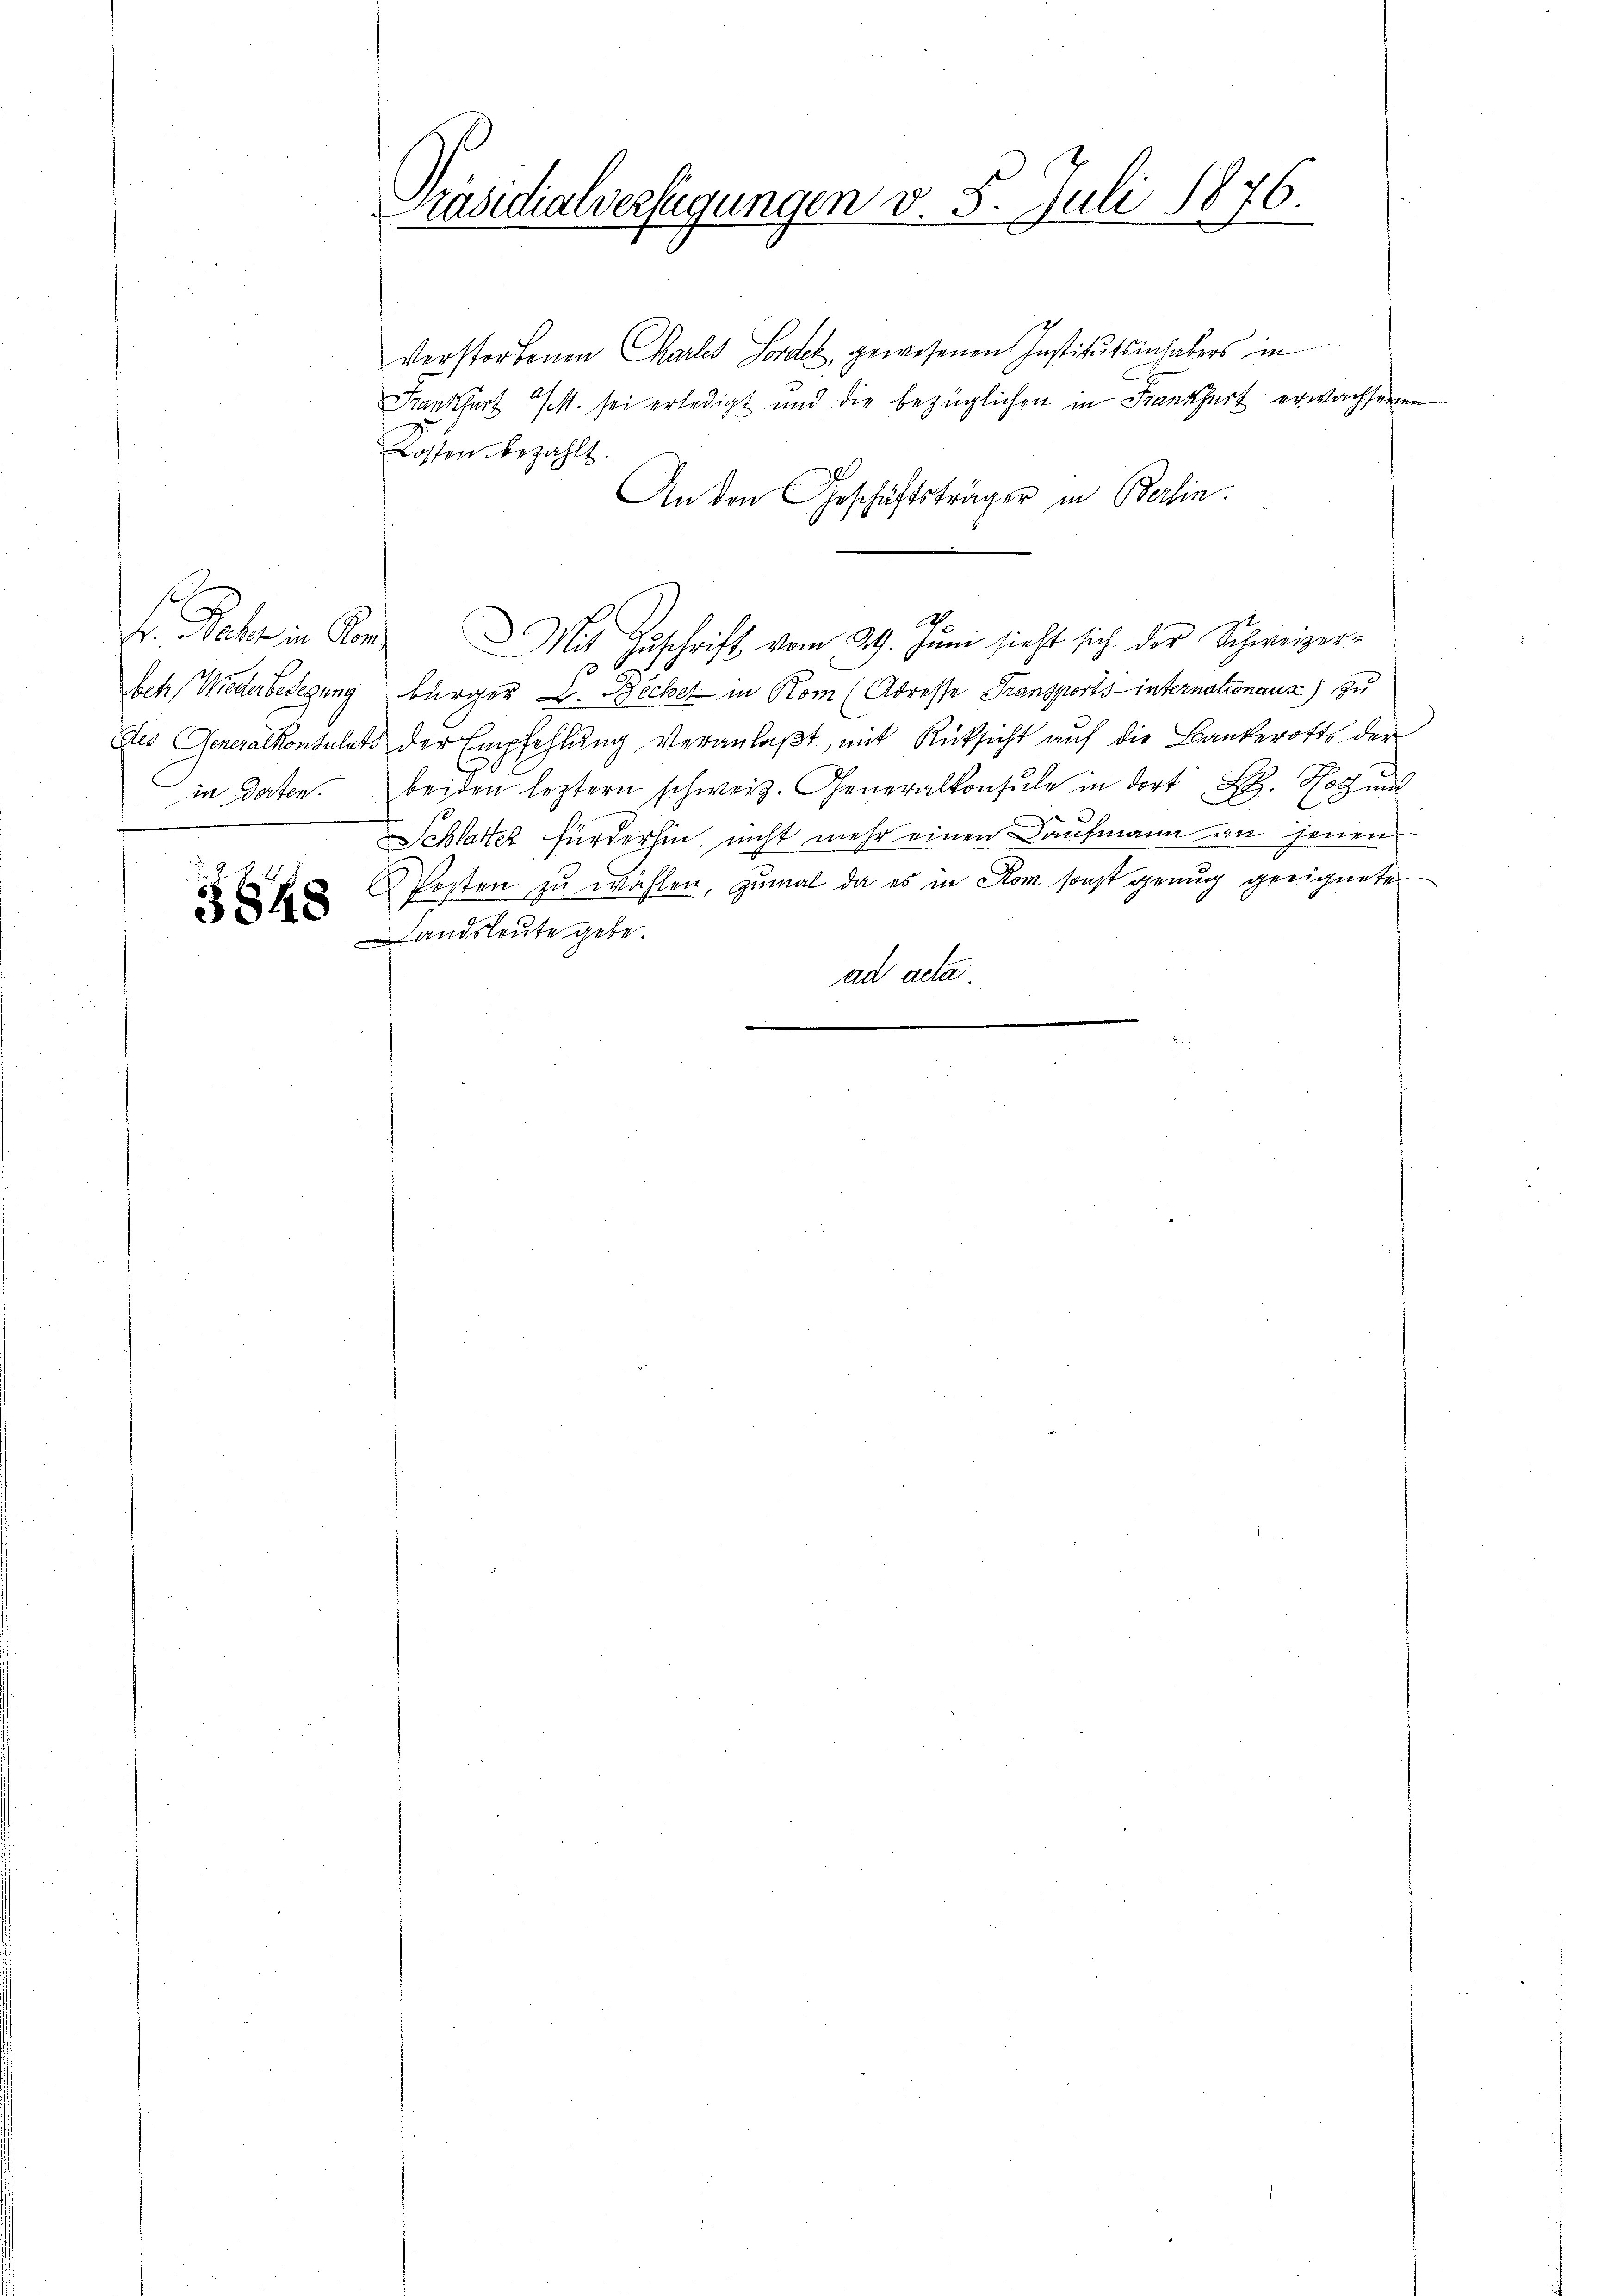
in Dorten.

3848

Präsidialverfügungen v. 5. Juli 1876.

Verstorbenen Chartes Forden, gewesenen Institutsinhabers in
Krankfurt M. sei erledigt und die bezüglichen in Frankfurt erwachsenen
Kossen bezahlt.
An den Geschäftsträger in Berlin.
7
Fr. Sehr in Konr. Mit Zuschrift vom 29. Juni sieht sich der Schweizer-
betr. Wiederbedigung bürger L. Bechel in Rom (Adresse Transports internationaus) zu
des Generalkonsulats der Empfehlŭng veranlaßt, mit Rücksicht auf die Bankerotte der
beiden leztern schweiz. Generalkonsŭle in dort B. Hotz und
e
Schlatter fürderhin, nicht mehr einen Kaufmann an jenen
PPosten zu wählen, zumal da es in Rom sonst genug geeignete
Landsleute gebe.
.
ad acta.
.
n